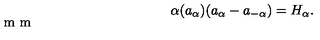
\alpha ( a _ { \alpha } ) ( a _ { \alpha } - a _ { - \alpha } ) = H _ { \alpha } . \vspace { 2 m m }